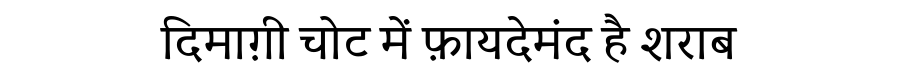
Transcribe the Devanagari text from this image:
दिमाग़ी चोट में फ़ायदेमंद है शराब